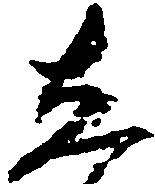
し